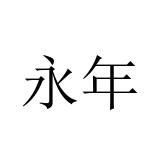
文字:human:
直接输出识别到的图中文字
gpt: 永年